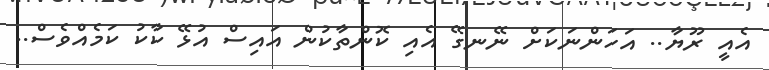
އެއީ ރޫޔާ.. އަހަންނަކަށް ނޭނގޭ އެއި ކޮންތާކުން އައިސް އުޅޭ ކާކު ކަމެއްވެސް..